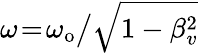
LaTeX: \omega\! =\! \omega_{\mathrm{o}}\big/\sqrt{1-\beta_{v}^{2}}